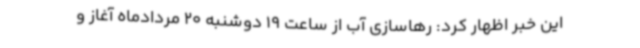
این خبر اظهار کرد: رهاسازی آب از ساعت 19 دوشنبه 20 مردادماه آغاز و